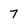
Character: 7